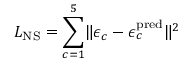
L _ { \mathrm { N S } } = \sum _ { c = 1 } ^ { 5 } \lVert \epsilon _ { c } - \epsilon _ { c } ^ { \mathrm { p r e d } } \rVert ^ { 2 }